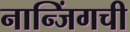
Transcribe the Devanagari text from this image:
नान्जिंगची